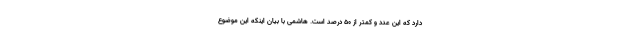
دارد که این عدد و کمتر از ۵۰ درصد است. هاشمی با بیان اینکه این موضوع